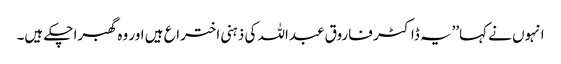
انہوں نے کہا’’یہ ڈاکٹر فاروق عبداللہ کی ذہنی اختراع ہیں اور وہ گھبرا چکے ہیں۔